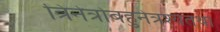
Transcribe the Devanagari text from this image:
त्रिनेत्रोबहुनेत्रश्यतथा